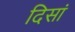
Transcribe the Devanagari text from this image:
दिसां